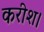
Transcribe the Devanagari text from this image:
करीश।